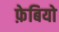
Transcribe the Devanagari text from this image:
फ़ेबियो